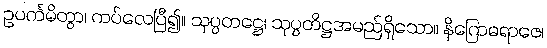
ဥပင်္ကမိတွာ၊ ကပ်လေပြီ၍။ သုပ္ပတဋ္ဌေ၊ သုပ္ပတိဋ္ဌအမည်ရှိသော။ နိဂြောဓရာဇေ၊